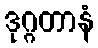
ဒုဂ္ဂတာနံ